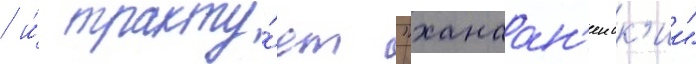
/ и́ тракту́ет "ханаан'еиск'ии"